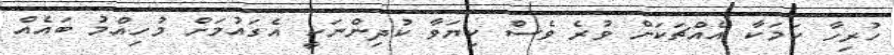
ހުރިހާ ކަމަކާ އެއްޗަކަށް ވުރެ ވެސް ކިޔަވާ ކުދިންނަކީ އެގައުމަށް މުހިއްމު ބައެއް